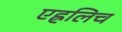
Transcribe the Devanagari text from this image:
एह्रलिच